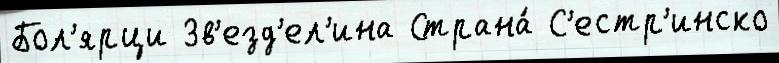
Бол'ярци Зв'езд'ел'ина Страна́ С'естр'инско